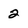
Character: 2